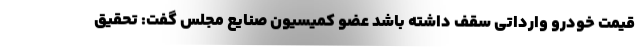
قیمت خودرو وارداتی سقف داشته باشد عضو کمیسیون صنایع مجلس گفت: تحقیق